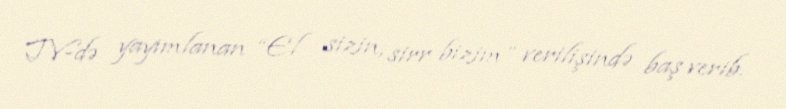
TV-də yayımlanan “El sizin, sirr bizim” verilişində baş verib.